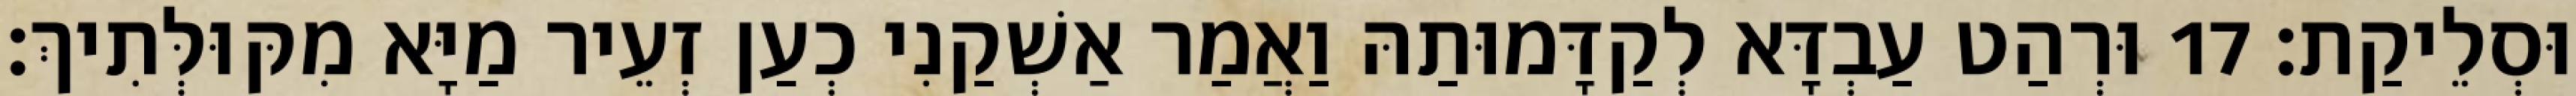
וּסְלֵיקַת׃ 17 וּרְהַט עַבְדָּא לְקַדָּמוּתַהּ וַאֲמַר אַשְׁקַנִי כְעַן זְעֵיר מַיָּא מִקּוּלְּתִיךְ׃